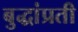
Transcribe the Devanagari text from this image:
बुद्धांप्रती